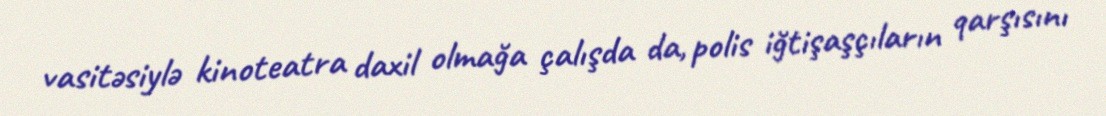
vasitəsiylə kinoteatra daxil olmağa çalışda da, polis iğtişaşçıların qarşısını